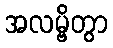
အလမ္ဗိတွာ